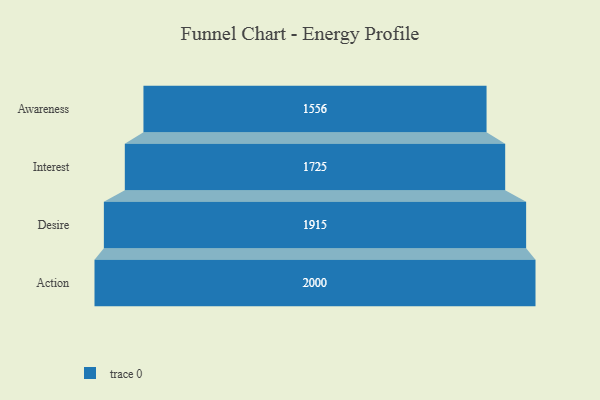
{"axis": {"x": "Stage", "y": "Value"}, "legend": [""], "data": [{"x": "Awareness", "y": 1556.0, "type": ""}, {"x": "Interest", "y": 1725.0, "type": ""}, {"x": "Desire", "y": 1915.0, "type": ""}, {"x": "Action", "y": 2000, "type": ""}]}